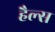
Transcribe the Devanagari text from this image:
हैल्स